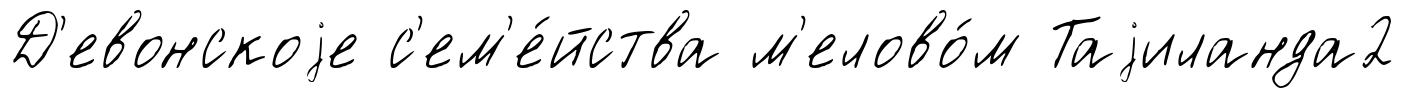
Д'евонскоjе с'ем'е́йства м'елово́м Таjиланда2